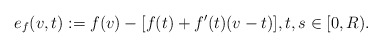
\begin{align*} e_{f}(v,t):=f(v)-[f(t) +f'(t)(v-t)], t, s\in [0,R).\end{align*}